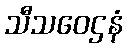
သီသဝေဌနံ